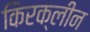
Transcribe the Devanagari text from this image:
किरक्लीन